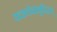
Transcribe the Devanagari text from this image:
यच्छलेनानुविद्धम्